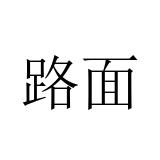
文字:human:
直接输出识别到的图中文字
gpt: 路面